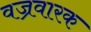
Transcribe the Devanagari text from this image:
वज्रवारक